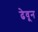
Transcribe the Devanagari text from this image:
ढेवून